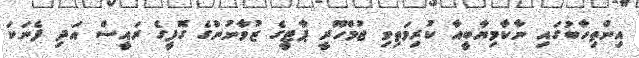
އިންތިހާބުގައި ނާކާމިޔާބީއާ ކުރިމަތިވި ޖުމްހޫރީ ޕާޓީގެ ޒުވާނުންގެ ގޮފީގެ ރައީސް އަދި ފެނަކަ